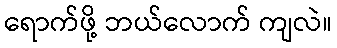
ရောက်ဖို့ ဘယ်လောက် ကျလဲ။